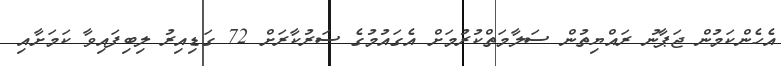
އެހެންކަމުން ޖަޕާނު ރައްޔިތުން ސަލާމަތްކުރުމަށް އެގައުމުގެ ސަރުކާރަށް 72 ގަޑިއިރު ލިބިފައިވާ ކަމަށާއި